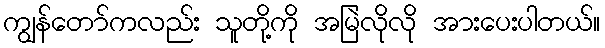
ကျွန်တော်ကလည်း သူတို့ကို အမြဲလိုလို အားပေးပါတယ်။